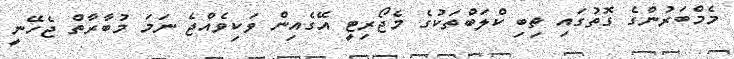
މެމްބަރުންގެ ގޮތުގައި ތިބި ކްލަބްތަކުގެ މެޖޯރިޓީ އޭގެއިން ވަކިވެއްޖެ ނަމަ މުބާރާތް ޖެހޭނީ